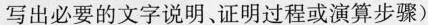
写出必要的文字说明、证明过程或演算步骤)